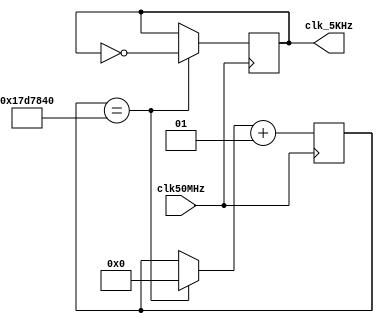
module clk_gen(input      clk50MHz,
               output reg clk_5KHz);

   integer count;

   always@(posedge clk50MHz) begin
      if(count == 25000000) begin
         clk_5KHz = ~clk_5KHz;
         count = 0;
      end
      count = count + 1;
   end
endmodule

module bcd_lookup(input      [15:0] num,
                  output reg [15:0] BCD);

   always @(num)
      case(num)
         16'd1:      BCD = 16'h1;
         16'd2:      BCD = 16'h2;
         16'd6:      BCD = 16'h6;
         16'd24:     BCD = 16'h24;
         16'd120:    BCD = 16'h120;
         16'd720:    BCD = 16'h720;
         16'd5040:   BCD = 16'h5040;
         default:    BCD = 16'h0;
      endcase

endmodule

module led(	input      [3:0] number,
            output reg [7:0] s);

   always @(number) begin // BCD to 7-segment decoding
      case (number)
         4'h0: s = 8'h88;	// 0
         4'h1: s = 8'hed;	// 1
         4'h2: s = 8'ha2;	// 2
         4'h3: s = 8'ha4;	// 3
         4'h4: s = 8'hc5;	// ...
         4'h5: s = 8'h94;
         4'h6: s = 8'h90;
         4'h7: s = 8'had;
         4'h8: s = 8'h80;
         4'h9: s = 8'h84;
         default: s = 8'hff;	// LED segs off
      endcase
   end
endmodule

   module LED_MUX (input            clk, rst,
                   input      [7:0] LED0, LED1, LED2, LED3,
                   output reg [3:0] LEDSEL,
                   output reg [7:0] LEDOUT);

   reg [1:0] index;

   always @(posedge clk)
      if(rst)
         index = 0;
      else
         index = index + 2'b1;

   always @(index or LED0 or LED1 or LED2 or LED3)
      case(index)
         0: begin
            LEDSEL = 4'b1110;
            LEDOUT = LED0;
         end
         1: begin
            LEDSEL = 4'b1101;
            LEDOUT = LED1;
         end
         2: begin
            LEDSEL = 4'b1011;
            LEDOUT = LED2;
         end
         3: begin
            LEDSEL = 4'b0111;
            LEDOUT = LED3;
         end
         default: begin
            LEDSEL = 0;
            LEDOUT = 0;
         end
      endcase
endmodule

module debounce(input      pb,
                input      clk,
                output reg pb_debounced);

   reg [7:0] shift; 
   always @ (posedge clk) begin 
      shift[6:0] <= shift[7:1]; 
      shift[7] <= pb; 
      if (shift==8'b11111111) 
         pb_debounced <= 1'b1; 
      else 
         pb_debounced <= 1'b0; 
   end 
endmodule